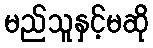
မည်သူနှင့်မဆို